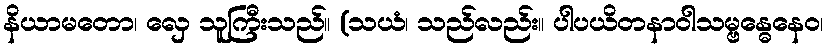
နိယာမတော၊ လှေ သူကြီးသည်။ (သယံ၊ သည်လည်း။ ပါပယိတနာဝါသမ္ဗန္ဓေနေဝ၊